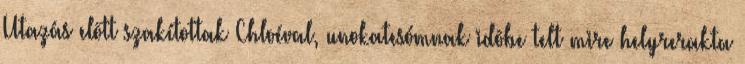
Utazás elõtt szakítottak Chloéval, unokatesómnak idõbe telt mire helyrerakta